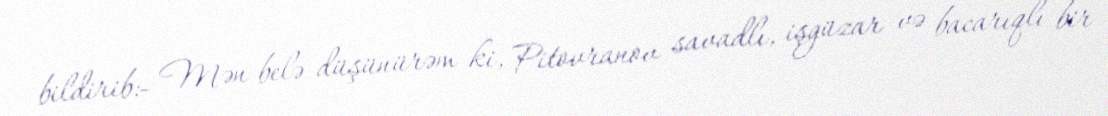
bildirib:- Mən belə düşünürəm ki, Pitovranov savadlı, işgüzar və bacarıqlı bir